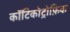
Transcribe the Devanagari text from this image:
कॉटिकोट्रोफ़िक